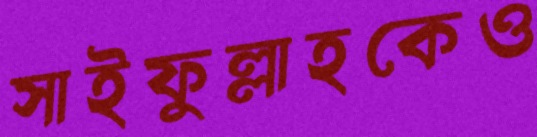
সাইফুল্লাহকেও